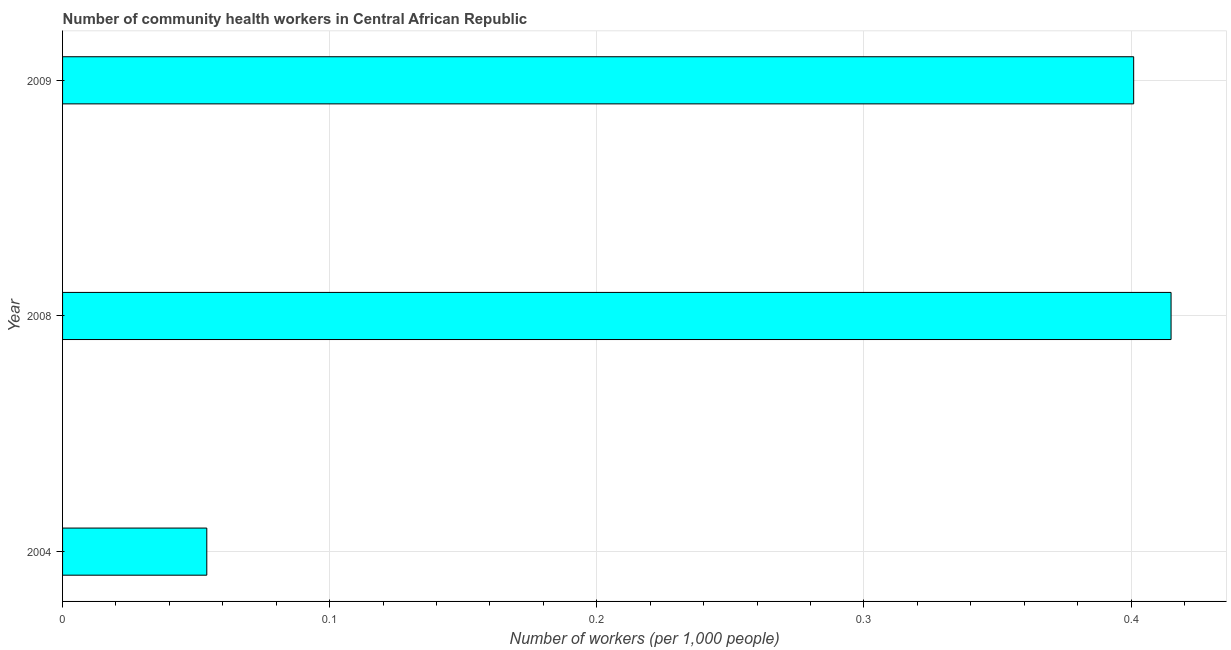
| Year | Community health workers |
 | --- | --- |
 | 2004 | 0.054 |
 | 2008 | 0.415 |
 | 2009 | 0.401 |